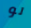
لو